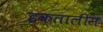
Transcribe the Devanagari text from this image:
इक्तालीस